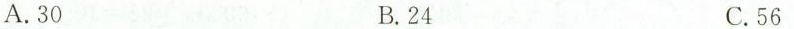
A.30 B.24 C.56